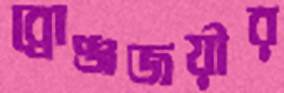
ব্রোঞ্জজয়ীর